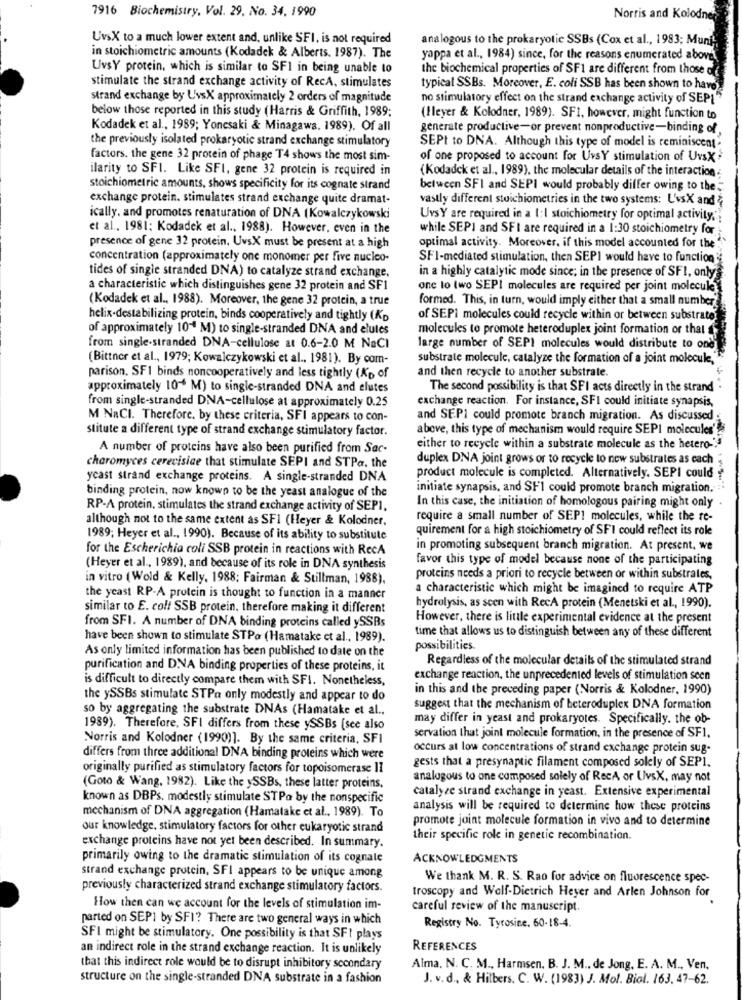
7916 Biochemistry, Vol. 29. No. 34. 1990
Norris and Kolodne
UvsX to a much lower extent and, unlike SFI, is not required
analogous to the prokaryotic SSBs (Cox et al ., 1983; Muni!
in stoichiometric amounts (Kodadek & Alberts. 1987). The
yappa et al ., 1984) since, for the reasons enumerated above
UvsY protein, which is similar to SFI in being unable to
the biochemical properties of SF1 are different from those of
stimulate the strand exchange activity of RecA, stimulates
typical SSBs. Moreover, E. coli SSB has been shown to have
strand exchange by UvsX approximately 2 orders of magnitude
no stimulatory effect on the strand exchange activity of SEPI"
below those reported in this study (Harris & Griffith, 1989;
(Hleyer & Kolodner, 1989). SF1, however, might function to
Kodadek et al ., 1989; Yoncsaki & Minagawa. 1989). Of all
generate productive-or prevent nonproductive-binding of
the previously isolated prokaryotic strand exchange stimulatory
SEPt to DNA. Although this type of model is reminiscent"
factors. the gene 32 protein of phage T4 shows the most sim-
of one proposed to account for UvsY stimulation of Uvsx
ilarity to SFI. Like SFI, gene 32 protein is required in
(Kodadek et al ., 1989), the molecular details of the interaction .
stoichiometric amounts, shows specificity for its cognate strand
between SFI and SEPI would probably differ owing to the
exchange protein. stimulates strand exchange quite dramat-
vastly different stoichiometries in the two systems: UvsX and
ically, and promotes renaturation of DNA (Kowalczykowski
UvsY are required in a 1:I stoichiometry for optimal activity.'
et al ., 1981: Kodadek et al ., 1988). However, even in the
while SEPI and SFI are required in a 1:30 stoichiometry for
presence of gene 32 protein. UvsX must be present at a high
optimal activity. Moreover, if this model accounted for the
concentration (approximately one monomer per five nucleo-
SFI-mediated stimulation, then SEPI would have to function
tides of single stranded DNA) to catalyze strand exchange.
in a highly catalytic mode since; in the presence of SFI, only
a characteristic which distinguishes gene 32 protein and SF1
one to two SEPI molecules are required per joint molecule
(Kodadek et al ., 1988). Moreover, the gene 32 protein, a true
formed. This, in turn, would imply either that a small number
helix-destabilizing protein, binds cooperatively and tightly (Kp
of SEPi molecules could recycle within or between substrate
of approximately 104 M) to single-stranded DNA and elules
molecules to promote heteroduplex joint formation or that
from single-stranded DNA-cellulose at 0.6-2.0 M NaCI
large number of SEPI molecules would distribute to ond
(Bittner et al ., 1979; Kowalczykowski et al ., 1981). By com-
substrate molecule, catalyze the formation of a joint molecule,
and then recycle to another substrate.
parison. SFI binds noncooperatively and less tightly (KD of
approximately 10 M) to single-stranded DNA and elutes
The second possibility is that SFI acts directly in the strand.
exchange reaction. For instance, SFI could initiate synapsis,
from single-stranded DNA-cellulose at approximately 0.25
M NaCI. Therefore, by these criteria, SFI appears to con-
and SEPI could promote branch migration. As discussed
stitute a different type of strand exchange stimulatory factor.
above, this type of mechanism would require SEPI molecules'
A number of proteins have also been purified from Sac-
either to recycle within a substrate molecule as the hetero-
duplex DNA joint grows or to recycle to new substrates as each
charomyces cerevisiae that stimulate SEPI and STPa. the
yeast strand exchange proteins. A single-stranded DNA
product molecule is completed. Alternatively. SEPI could
initiate synapsis, and SFI could promote branch migration.
binding protein, now known to be the yeast analogue of the
In this case, the initiation of homologous pairing might only
RP-A protein, stimulates the strand exchange activity of SEP1.
although not to the same extent as SFI (Heyer & Kolodner,
require a small number of SEP1 molecules, while the re-
quirement for a high stoichiometry of SFI could reflect its role
1989; Heyer et al ., 1990). Because of its ability to substitute
for the Escherichia coli SSB protein in reactions with RecA
in promoting subsequent branch migration. At present, we
favor this type of model because none of the participating
(Heyer et al ., 1989), and because of its role in DNA synthesis
in vitro (Wold & Kelly, 1988: Fairman & Stillman, 1988),
proteins needs a priori to recycle between or within substrates,
a characteristic which might be imagined to require ATP
the yeast RP-A protein is thought to function in a manner
similar to E. coll SSB protein, therefore making it different
hydrolysis, as scen with RecA protein (Menetski et al ., 1990).
However, there is little experimental evidence at the present
from SFI. A number of DNA binding proteins called ySSRs
time that allows us to distinguish between any of these different
have been shown to stimulate STPa (Hamatake et al ., 1989).
As only limited information has been published to date on the
possibilities
Regardless of the molecular details of the stimulated strand
purification and DNA binding properties of these proteins, it
is difficult to directly compare them with SFI. Nonetheless,
exchange reaction, the unprecedented levels of stimulation seen
in this and the preceding paper (Norris & Kolodner, 1990)
the ySSBs stimulate STPa only modestly and appear to do
so by aggregating the substrate DNAs (Hamatake et al .,
suggest that the mechanism of beteroduplex DNA formation
may differ in yeast and prokaryotes. Specifically. the ob-
1989). Therefore, SFI differs from these ySSBs [sce also
Norris and Kolodner (1990)]. By the same criteria, SFI
servation that joinl molecule formation, in the presence of SF1.
occurs at low concentrations of strand exchange protein sug-
differs from three additional DNA binding proteins which were
gests that a presynaptic filament composed solely of SEPI.
originally purified as stimulatory factors for topoisomerase II
analogous to one composed solely of RecA or UvsX, may not
(Goto & Wang, 1982). Like the ySSBs, these latter proteins.
catalyze strand exchange in yeast. Extensive experimental
known as DBPs. modestly stimulate STPa by the nonspecific
mechanism of DNA aggregation (Hamalake et al ., 1989). To
analysis will be required to determine how these proteins
promote joint molecule formation in vivo and to determine
our knowledge, stimulatory factors for other eukaryotic strand
their specific role in genetic recombination.
exchange proteins have not yet been described. In summary.
primarily owing to the dramatic stimulation of its cognale
ACKNOWLEDGMENTS
strand exchange protein, SFI appears to be unique among
We thank M. R. S. Rao for advice on fluorescence spec-
previously characterized strand exchange stimulatory factors.
troscopy and Wolf-Dietrich Heyer and Arlen Johnson for
How then can we account for the levels of stimulation im-
careful review of the manuscript.
parted on SEP1 by SFI? There are two general ways in which
Registry No. Tyrosine, 60-18-4.
SFI might be stimulatory. One possibility is that SFI plays
an indirect role in the strand exchange reaction. It is unlikely
REFERENCES
that this indirect role would be to disrupt inhibitory secondary
Alma. N. C. M ., Harmsen. B. J. M ., de Jong, E. A. M ., Ven,
structure on the single-stranded DNA substrate in a fashion
J. v. d ., & Hilbers. C. W. (1983) J. Mol. Biol. 163. 47-62.